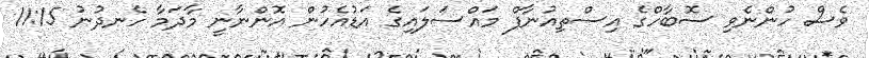
ވެސް ހުންނެވި ސޮބާހްގެ އިސްތިއުނާފް މައްސަލައިގެ އަޑުއެހުން އޮންނާނީ މާދަމާ ހެނދުނު 11:15